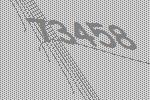
73458